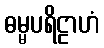
ဓမ္မပရိဠာဟံ